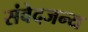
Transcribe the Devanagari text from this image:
संवेदजन्य